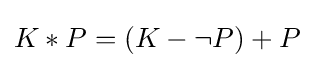
K*P=(K-\neg P)+P